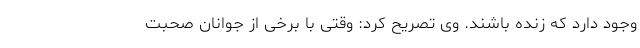
وجود دارد که زنده باشند. وی تصریح کرد: وقتی با برخی از جوانان صحبت